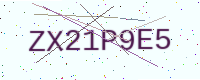
Text: ZX21P9E5